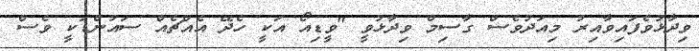
ވިދާޅުވެފައިވާއިރު މިއަދުވެސް ގާސިމް ވިދާޅުވީ "ވީޑިއޯ އަކީ ހެދޭ އެއްޗެއް ސައުންޑަކީ ވެސް